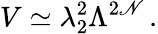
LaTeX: V\simeq\lambda_{2}^{2}\Lambda^{2\mathscr{N}}\, .